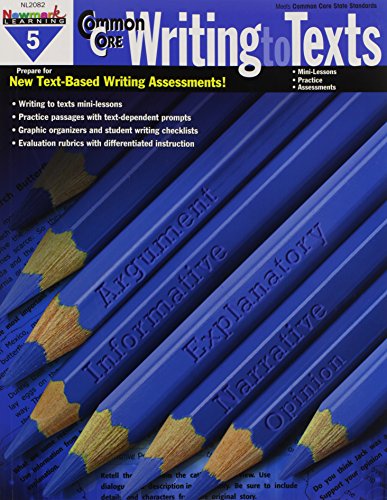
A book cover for Common Core Practice Writing to Texts Grade 5; Multiple Authors; Education & Teaching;